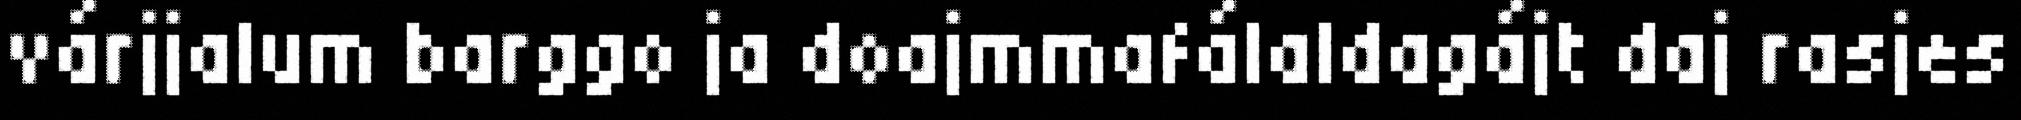
várjjalum barggo ja doajmmafálaldagájt daj rasjes